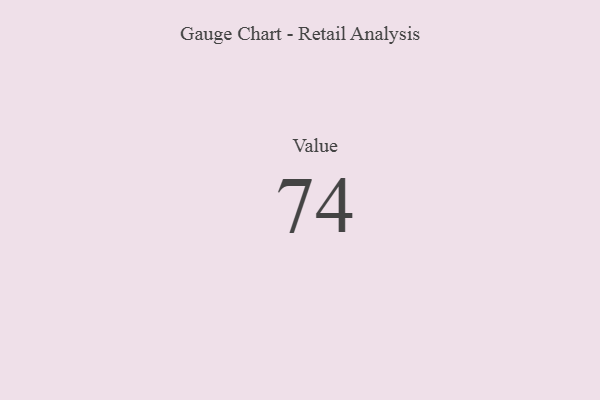
{"axis": {"x": "Metric", "y": "Value"}, "legend": [""], "data": [{"x": "Value", "y": 74, "type": ""}]}